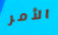
الأمر